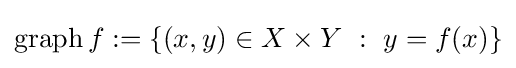
\operatorname {graph} f:=\left\{(x,y)\in X\times Y~:~y=f(x)\right\}